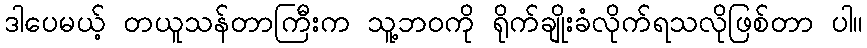
ဒါပေမယ့် တယူသန်တာကြီးက သူ့ဘဝကို ရိုက်ချိုးခံလိုက်ရသလိုဖြစ်တာ ပါ။